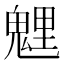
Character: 𩳓